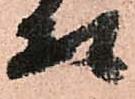
頭